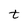
Character: t